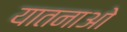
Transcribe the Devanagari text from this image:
यातनाओ